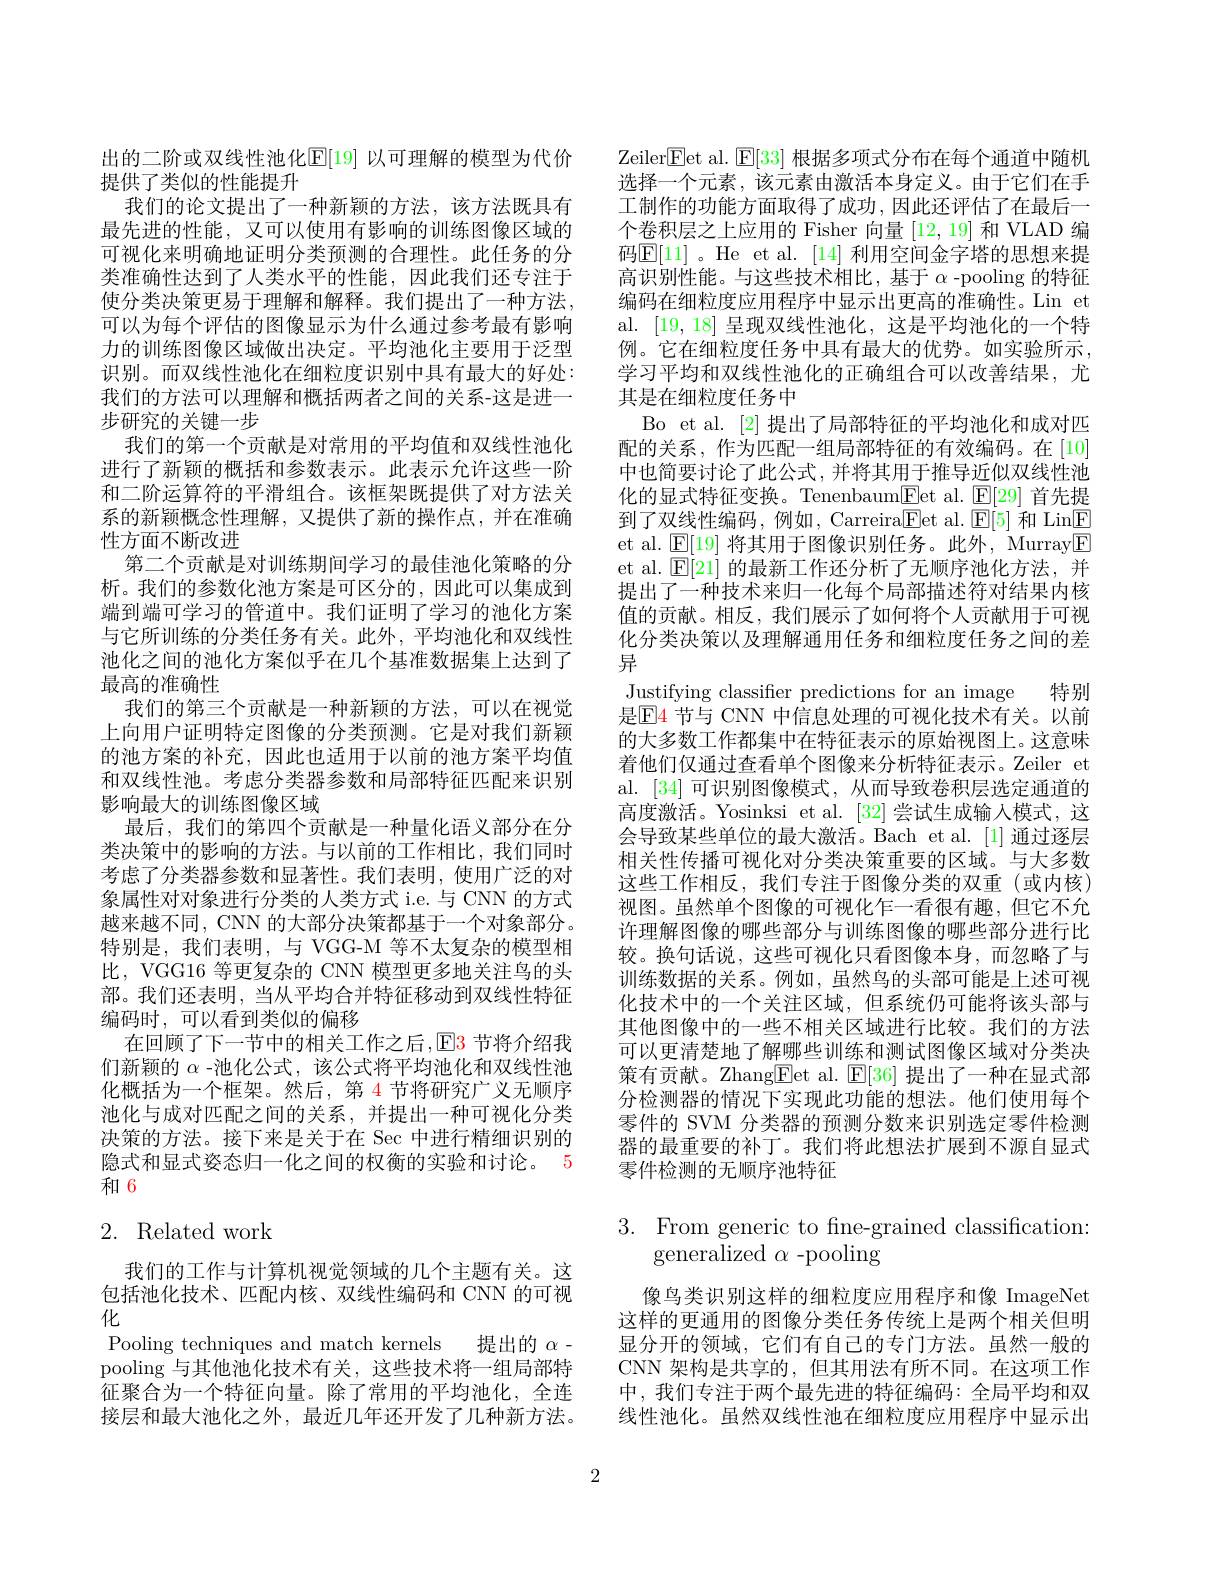
出的二阶或双线性池化$\mathbb{E}[19]$ 以可理解的模型为代价
提供了类似的性能提升
我们的论文提出了一种新颖的方法，该方法既具有最先进的性能，又可以使用有影响的训练图像区域的可视化来明确地证明分类预测的合理性。此任务的分类准确性达到了人类水平的性能，因此我们还专注于使分类决策更易于理解和解释。我们提出了一种方法， 可以为每个评估的图像显示为什么通过参考最有影响力的训练图像区域做出决定。平均池化主要用于泛型识别。而双线性池化在细粒度识别中具有最大的好处： 我们的方法可以理解和概括两者之间的关系-这是进一步研究的关键一步
我们的第一个贡献是对常用的平均值和双线性池化进行了新颖的概括和参数表示。此表示允许这些一阶和二阶运算符的平滑组合。该框架既提供了对方法关系的新颖概念性理解，又提供了新的操作点，并在准确性方面不断改进
第二个贡献是对训练期间学习的最佳池化策略的分析。我们的参数化池方案是可区分的，因此可以集成到端到端可学习的管道中。我们证明了学习的池化方案与它所训练的分类任务有关。此外，平均池化和双线性池化之间的池化方案似乎在几个基准数据集上达到了最高的准确性
我们的第三个贡献是一种新颖的方法，可以在视觉上向用户证明特定图像的分类预测。它是对我们新颖的池方案的补充，因此也适用于以前的池方案平均值和双线性池。考虑分类器参数和局部特征匹配来识别影响最大的训练图像区域
最后，我们的第四个贡献是一种量化语义部分在分类决策中的影响的方法。与以前的工作相比，我们同时考虑了分类器参数和显著性。我们表明，使用广泛的对象属性对对象进行分类的人类方式 i.e. 与 CNN 的方式越来越不同，CNN 的大部分决策都基于一个对象部分。特别是，我们表明，与 VGG-M 等不太复杂的模型相比，VGG16 等更复杂的 CNN 模型更多地关注鸟的头部。我们还表明，当从平均合并特征移动到双线性特征编码时，可以看到类似的偏移
在回顾了下一节中的相关工作之后，E3 节将介绍我们新颖的$\alpha$ -池化公式，该公式将平均池化和双线性池化概括为一个框架。然后，第 4 节将研究广义无顺序池化与成对匹配之间的关系，并提出一种可视化分类决策的方法。接下来是关于在 Sec 中进行精细识别的隐式和显式姿态归一化之间的权衡的实验和讨论。5和6

# 2. Related work

我们的工作与计算机视觉领域的几个主题有关。这包括池化技术、匹配内核、双线性编码和 CNN 的可视化
Pooling techniques and match kernels 提出的$\alpha$- pooling 与其他池化技术有关，这些技术将一组局部特征聚合为一个特征向量。除了常用的平均池化，全连接层和最大池化之外，最近几年还开发了几种新方法。

Zeiler$\boxed{\mathrm{F}}$et al.$\boxed{\mathrm{F}}[33]$根据多项式分布在每个通道中随机选择一个元素，该元素由激活本身定义。由于它们在手工制作的功能方面取得了成功，因此还评估了在最后一个卷积层之上应用的 Fisher 向量[12,19]和 VLAD 编码$\boxed{\mathrm{E}}[11]$。He et al.[14]利用空间金字塔的思想来提高识别性能。与这些技术相比，基于$\alpha$ -pooling 的特征编码在细粒度应用程序中显示出更高的准确性。Lin et al. [19,18]呈现双线性池化，这是平均池化的一个特例。它在细粒度任务中具有最大的优势。如实验所示， 学习平均和双线性池化的正确组合可以改善结果，尤其是在细粒度任务中
Bo et al. [2]提出了局部特征的平均池化和成对匹配的关系，作为匹配一组局部特征的有效编码。在[10] 中也简要讨论了此公式，并将其用于推导近似双线性池化的显式特征变换。Tenenbaum$\underline{\mathrm{Fet~al.}}\underline{\mathrm{E[29]}}$首先提到了双线性编码，例如，Carreira$\underline{\mathrm{Eet~al.~}}\underline{\mathrm{E[5]~}}$和 Lin$\underline{\mathrm{E}}$ et al. $\mathbb{E}[19]$将其用于图像识别任务。此外，Murray$\mathbb{E}$ et al. $\mathsf{E}[21]$的最新工作还分析了无顺序池化方法，并提出了一种技术来归一化每个局部描述符对结果内核值的贡献。相反，我们展示了如何将个人贡献用于可视化分类决策以及理解通用任务和细粒度任务之间的差异
Justifying classifier predictions for an image 特别是$\mathbb{E}$4 节与 CNN 中信息处理的可视化技术有关。以前的大多数工作都集中在特征表示的原始视图上。这意味着他们仅通过查看单个图像来分析特征表示。Zeiler et al. [34] 可识别图像模式，从而导致卷积层选定通道的高度激活。Yosinksi et al. [32] 尝试生成输入模式，这会导致某些单位的最大激活。Bach et al.[1] 通过逐层相关性传播可视化对分类决策重要的区域。与大多数这些工作相反，我们专注于图像分类的双重(或内核) 视图。虽然单个图像的可视化乍一看很有趣，但它不允许理解图像的哪些部分与训练图像的哪些部分进行比较。换句话说，这些可视化只看图像本身，而忽略了与训练数据的关系。例如，虽然鸟的头部可能是上述可视化技术中的一个关注区域，但系统仍可能将该头部与其他图像中的一些不相关区域进行比较。我们的方法可以更清楚地了解哪些训练和测试图像区域对分类决策有贡献。Zhang$\boxed{\mathrm{Fet~al. ~}}\mathbb{E} [ 36]$提出了一种在显式部分检测器的情况下实现此功能的想法。他们使用每个零件的 SVM 分类器的预测分数来识别选定零件检测器的最重要的补丁。我们将此想法扩展到不源自显式零件检测的无顺序池特征

# $3.{\mathrm{~From~generic~to~fine-grained~classification:}}$ generalized $\alpha$ -pooling

像鸟类识别这样的细粒度应用程序和像 ImageNet 这样的更通用的图像分类任务传统上是两个相关但明显分开的领域，它们有自己的专门方法。虽然一般的CNN 架构是共享的，但其用法有所不同。在这项工作中，我们专注于两个最先进的特征编码：全局平均和双线性池化。虽然双线性池在细粒度应用程序中显示出

2